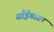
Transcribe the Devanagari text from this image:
साँईबाबा